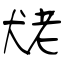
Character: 狫